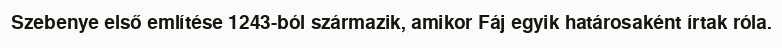
Szebenye első említése 1243-ból származik, amikor Fáj egyik határosaként írtak róla.